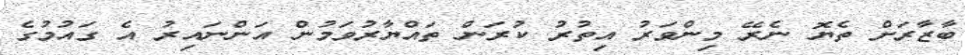
ބާޒާރަށް ތެޔޮ ނެރޭ މިންވަރު އިތުރު ކުރަން ތައްޔާރުވަމުން އަންނައިރު އެ ގައުމުގެ